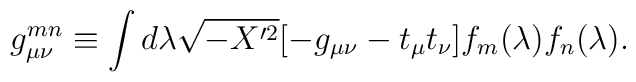
g_{\mu\nu}^{mn}\equiv\int d\lambda\sqrt{-X'^2}[-g_{\mu\nu}-t_\mu t_\nu] f_m(\lambda)f_n(\lambda).